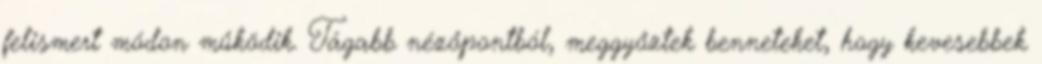
felismert módon működik. Tágabb nézőpontból, meggyőztek benneteket, hogy kevesebbek